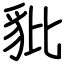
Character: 豼